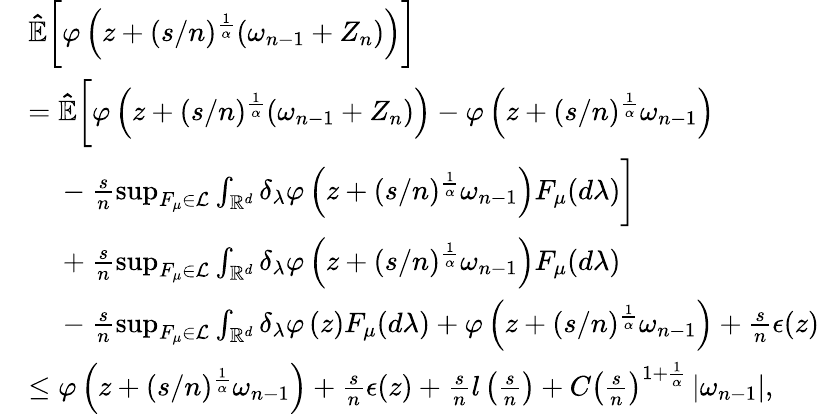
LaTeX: \begin{array}{rl}&{\mathbb{\hat{E}}\bigg[\varphi\left(z+(s/n)^{\frac{1}{\alpha}}(\omega_{n-1}+Z_{n})\right)\bigg]}\\ &{=\mathbb{\hat{E}}\bigg[\varphi\left(z+(s/n)^{\frac{1}{\alpha}}(\omega_{n-1}+Z_{n})\right)-\varphi\left(z+(s/n)^{\frac{1}{\alpha}}\omega_{n-1}\right)}\\ &{\mathrm{~\ ~\ }-\frac{s}{n}\operatorname*{sup}_{F_{\mu}\in\mathcal{L}}\int_{\mathbb{R}^{d}}\delta_{\lambda}\varphi\left(z+(s/n)^{\frac{1}{\alpha}}\omega_{n-1}\right)F_{\mu}(d\lambda)\bigg]}\\ &{\mathrm{~\ ~\ }+\frac{s}{n}\operatorname*{sup}_{F_{\mu}\in\mathcal{L}}\int_{\mathbb{R}^{d}}\delta_{\lambda}\varphi\left(z+(s/n)^{\frac{1}{\alpha}}\omega_{n-1}\right)F_{\mu}(d\lambda)}\\ &{\mathrm{~\ ~\ }-\frac{s}{n}\operatorname*{sup}_{F_{\mu}\in\mathcal{L}}\int_{\mathbb{R}^{d}}\delta_{\lambda}\varphi\left(z\right)F_{\mu}(d\lambda)+\varphi\left(z+(s/n)^{\frac{1}{\alpha}}\omega_{n-1}\right)+\frac{s}{n}\epsilon(z)}\\ &{\leq\varphi\left(z+(s/n)^{\frac{1}{\alpha}}\omega_{n-1}\right)+\frac{s}{n}\epsilon(z)+\frac{s}{n}l\left(\frac{s}{n}\right)+C\left(\frac{s}{n}\right)^{1+\frac{1}{\alpha}}\left\vert\omega_{n-1}\right\vert,}\end{array}